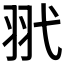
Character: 𦏵